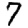
Digit: 7